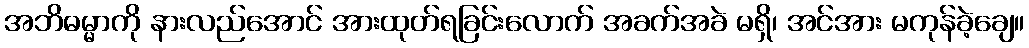
အဘိဓမ္မာကို နားလည်အောင် အားထုတ်ရခြင်းလောက် အခက်အခဲ မရှိ၊ အင်အား မကုန်ခဲ့ချေ။